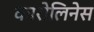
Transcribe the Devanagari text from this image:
कारोलिनेस